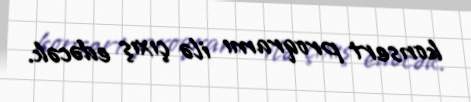
konsert proqramı ilə çıxış edəcək.